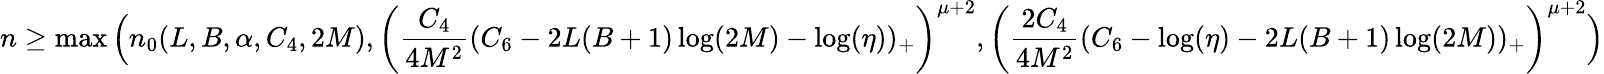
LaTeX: n\ge\operatorname*{max}\Big(n_{0}(L,B,\alpha,C_{4},2M),\left(\frac{C_{4}}{4M^{2}}(C_{6}-2L(B+1)\log(2M)-\log(\eta))_{+}\right)^{\mu+2},\left(\frac{2C_{4}}{4M^{2}}(C_{6}-\log(\eta)-2L(B+1)\log(2M))_{+}\right)^{\mu+2}\Big)